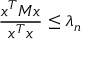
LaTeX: { \frac { x ^ { T } M x } { x ^ { T } x } } \leq \lambda _ { n }